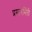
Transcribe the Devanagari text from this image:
प्रस्तरभिंती